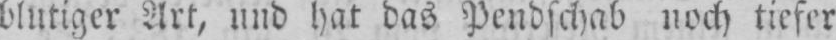
blutiger Art, und hat das Pendschab noch tiefer